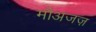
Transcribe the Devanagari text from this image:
मौअजज़